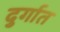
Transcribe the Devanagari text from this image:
दुर्गात